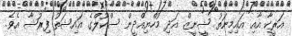
އަރީކާ އާއި އައިމިނަތު ޝީނީޒް އަދި މުހްޔިއްދީން ސްކޫލްގެ އައިޝަތު ފިރުޝާ އެވެ.